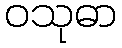
ဝသုဓာ